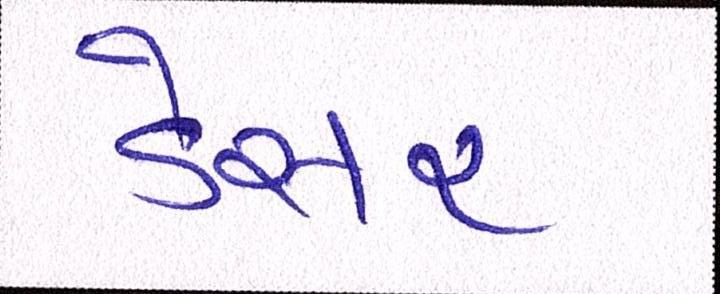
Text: ડેસર